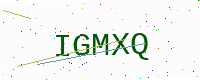
Text: IGMXQ